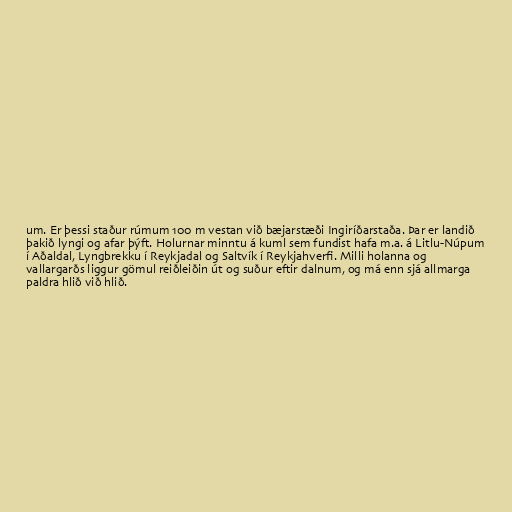
um. Er þessi staður rúmum 100 m vestan við bæjarstæði Ingiríðarstaða. Þar er landið
þakið lyngi og afar þýft. Holurnar minntu á kuml sem fundist hafa m.a. á Litlu-Núpum
í Aðaldal, Lyngbrekku í Reykjadal og Saltvík í Reykjahverfi. Milli holanna og
vallargarðs liggur gömul reiðleiðin út og suður eftir dalnum, og má enn sjá allmarga
paldra hlið við hlið.